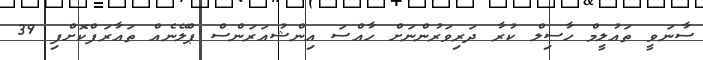
ސާނަވީ ތައުލީމް ހާސިލް ކުރާ ދަރިވަރުންނަށް ހާއްސަ އިންޝުއަރަންސް ޕްލޭނެއް ތައާރަފްކޮށްފި 39